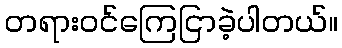
တရားဝင်ကြေငြာခဲ့ပါတယ်။